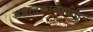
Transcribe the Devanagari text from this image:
अज्ञातकाळापासून